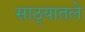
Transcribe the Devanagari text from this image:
साठ्यातले